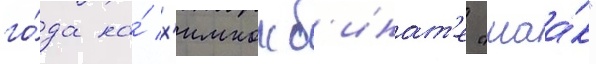
го́да на́ х'имкомб'инат'е "маа́к"